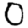
Digit: 0